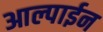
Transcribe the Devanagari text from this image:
आल्पाईन